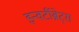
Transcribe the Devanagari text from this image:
इन्वर्टीब्रेट्स